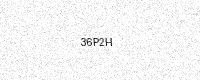
Text: 36P2H